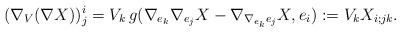
LaTeX: \begin{align*} (\nabla_V (\nabla X) )^i_j = V_k\, g(\nabla_{e_k} \nabla_{e_j} X - \nabla_{\nabla_{e_k} e_j} X, e_i ):= V_k X_{i;jk}.\end{align*}